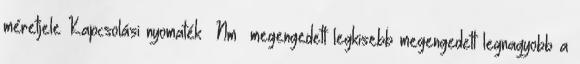
méretjele Kapcsolási nyomaték Nm megengedett legkisebb megengedett legnagyobb a